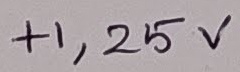
Text: +1,25V